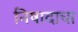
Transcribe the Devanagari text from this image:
निषादाचा